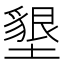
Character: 墾